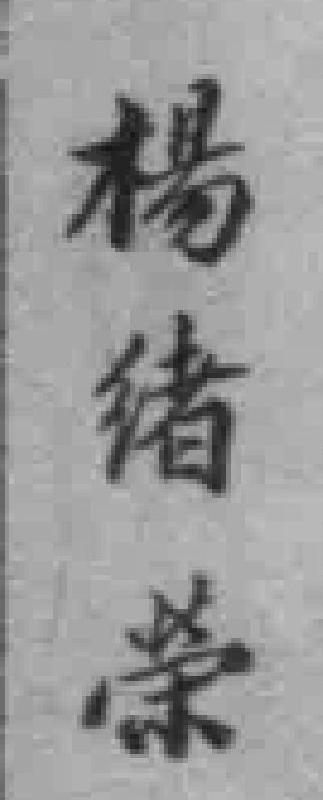
楊绪榮